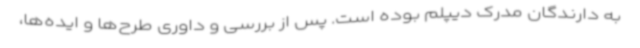
به دارندگان مدرک دیپلم بوده است. پس از بررسی و داوری طرح‌ها و ایده‌ها،